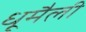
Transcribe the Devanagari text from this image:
धूमैली